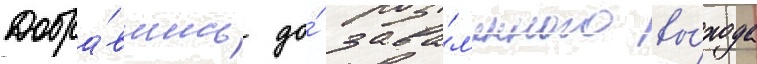
Добра́вшись до́ зава́л'енного вы́хода